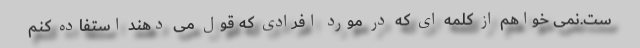
ست.نمی خواهم از کلمه ای که در مورد افرادی که قول می دهند استفاده کنم